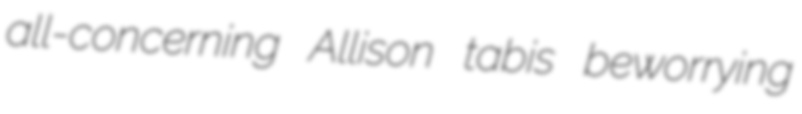
all-concerning Allison tabis beworrying